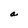
Character: a